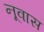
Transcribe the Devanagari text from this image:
नूवास